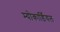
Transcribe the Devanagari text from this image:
म्योकार्डियल